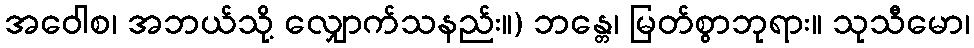
အဝေါစ၊ အဘယ်သို့ လျှောက်သနည်း။) ဘန္တေ၊ မြတ်စွာဘုရား။ သုသီမော၊